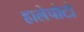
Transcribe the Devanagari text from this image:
हालेपोटो